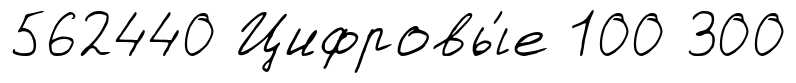
562440 Цифровы́е 100 300